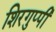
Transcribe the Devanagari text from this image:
शिरगुप्पी